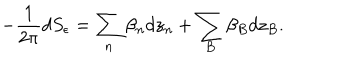
LaTeX: - \frac { 1 } { 2 \pi } d S _ { \epsilon } = \sum _ { n } \beta _ { n } d z _ { n } + \sum _ { B } \beta _ { B } d z _ { B } .